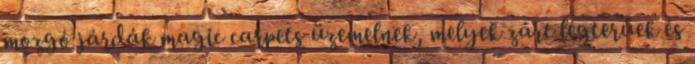
mozgó járdák magic carpets üzemelnek, melyek zárt légterűek és